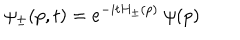
\psi _ { \pm } ( p , t ) = e ^ { - i t H _ { \pm } ( p ) } \ \psi ( p )